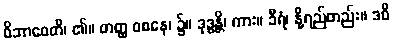
ဝိဘာဝေတိ၊ ၏။ တတ္ထ ဝစနေ၊ ၌။ ဒုဒ္ဓန္တိ၊ ကား။ ခီရံ၊ နို့ရည်တည်း။ ဒဓိ